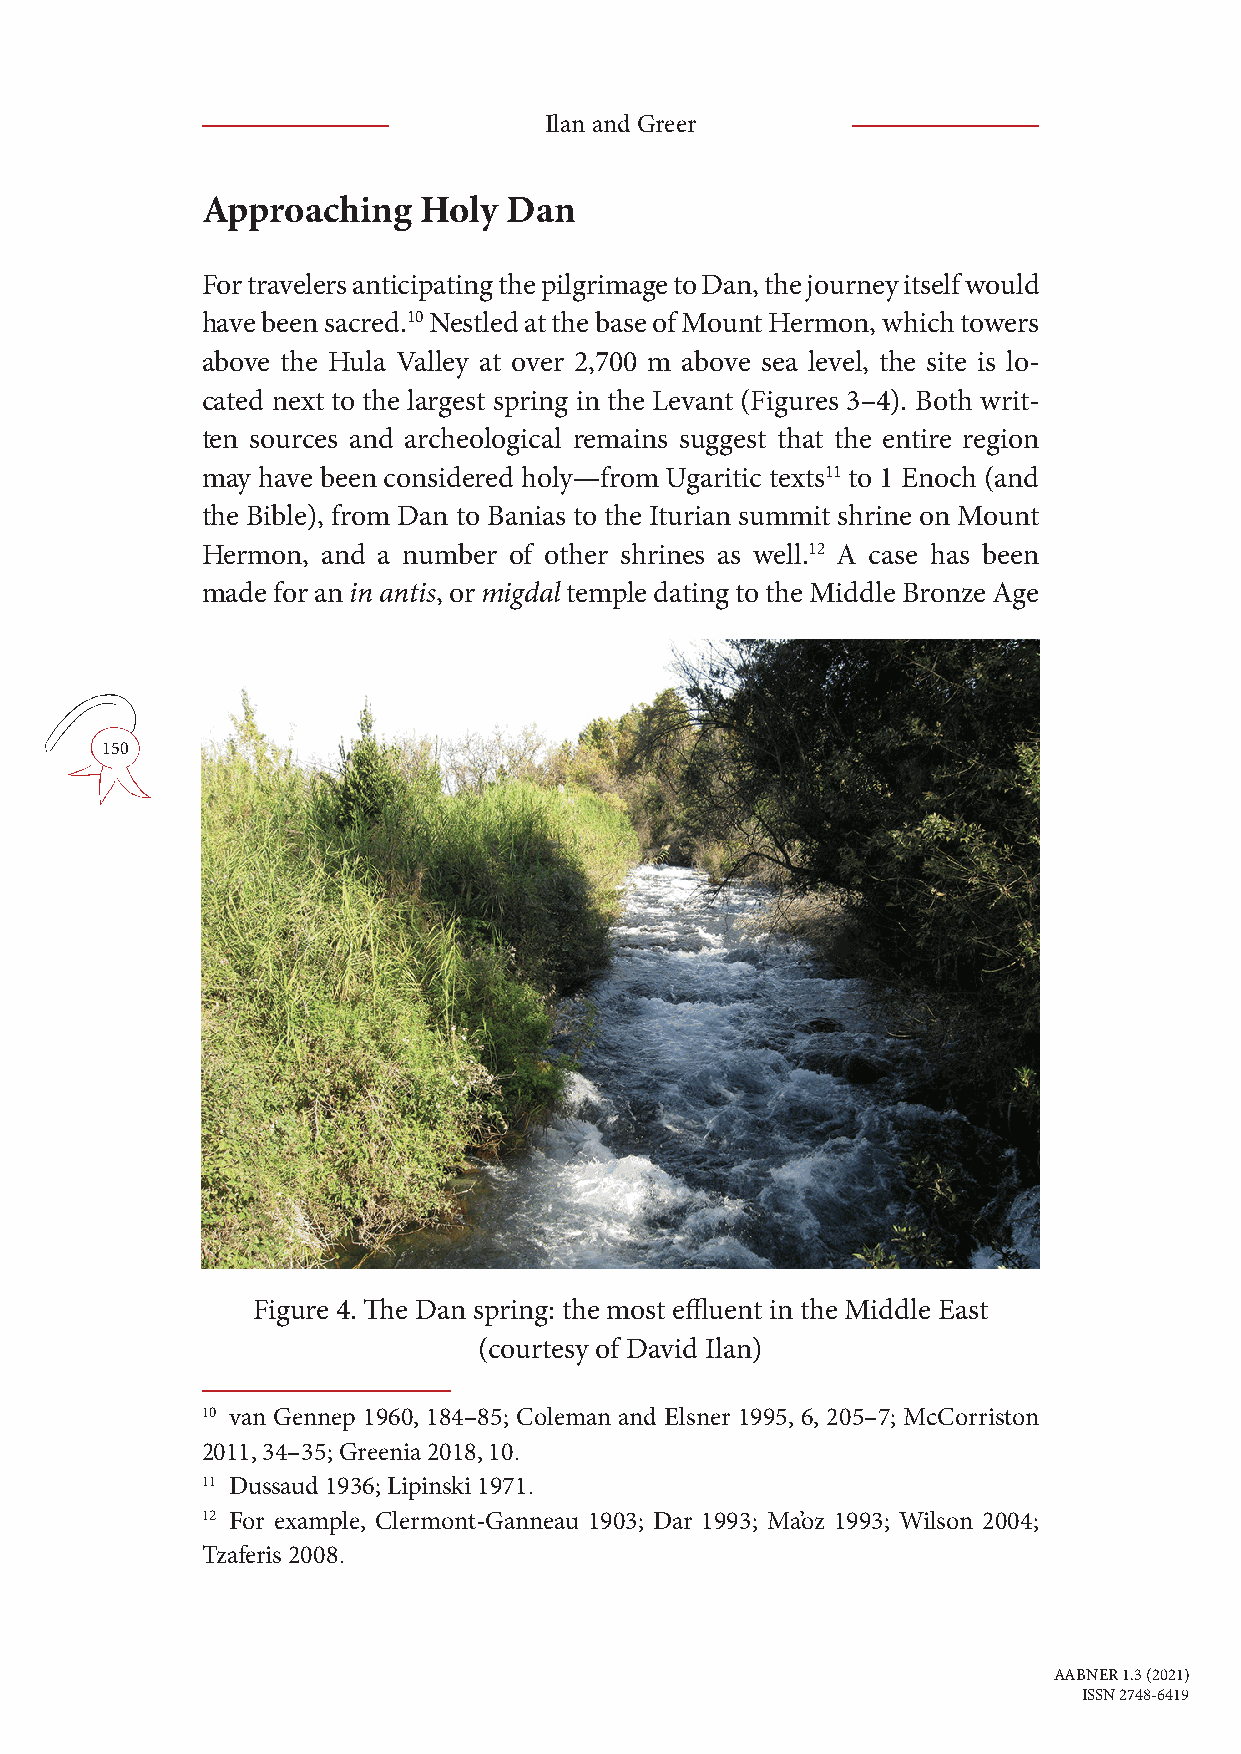
Ilan and Greer
 Approaching    Holy  Dan
 For travelers anticipating the pilgrimage to Dan, the journey itself would
 have been sacred.10 Nestled at the base of Mount Hermon, which towers
 above the Hula Valley at over 2,700 m above sea level, the site is lo-
 cated next to the largest spring in the Levant (Figures 3–4). Both writ-
 ten sources and archeological remains suggest that the entire region
 may have been considered holy—from Ugaritic texts11 to 1 Enoch (and
 the Bible), from Dan to Banias to the Iturian summit shrine on Mount
 Hermon, and a number of other shrines as well.12 A case has been
 made for an in antis, or migdal temple dating to the Middle Bronze Age
 150
 Figure 4. The Dan spring: the most effluent in the Middle East
 (courtesy of David Ilan)
 10 van Gennep 1960, 184–85; Coleman and Elsner 1995, 6, 205–7; McCorriston
 2011, 34–35; Greenia 2018, 10.
 11 Dussaud 1936; Lipinski 1971.
 12 For example, Clermont-Ganneau 1903; Dar 1993; Ma’oz 1993; Wilson 2004;
 Tzaferis 2008.
 AABNER 1.3 (2021)
 ISSN 2748-6419